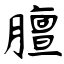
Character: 膻